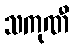
သကုဏီ